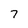
Character: 7